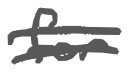
Text: for
Cross-out: double-line
Writing tool: digital_gray